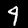
Digit: 4